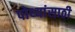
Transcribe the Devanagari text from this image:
पोथ्यांसाठी